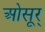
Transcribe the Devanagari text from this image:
ओसूर्